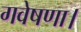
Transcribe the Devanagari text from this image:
गवेषणा।